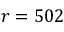
r = 5 0 2